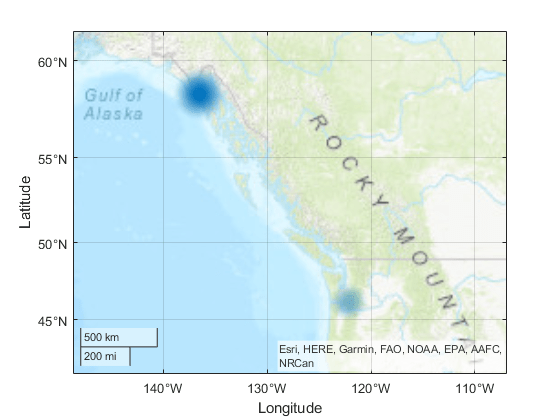
matlab, geoplot, geolimits, geobasemap, geodensityplot